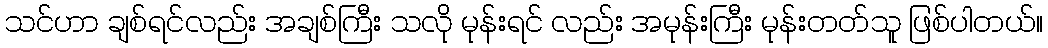
သင်ဟာ ချစ်ရင်လည်း အချစ်ကြီး သလို မုန်းရင် လည်း အမုန်းကြီး မုန်းတတ်သူ ဖြစ်ပါတယ်။